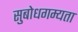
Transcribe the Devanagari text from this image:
सुबोधगम्यता